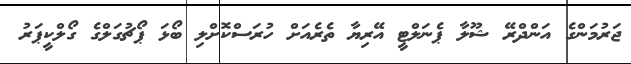
ޖަރުމަންގެ އަންދްރޭ ޝޫލާ ޕެނަލްޓީ އޭރިޔާ ތެރެއަށް ހުރަސްކޮށްލި ބޯޅަ ޕޯޗުގަލްގެ ގޯލްކީޕަރު